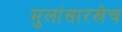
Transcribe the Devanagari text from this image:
मुलांसारखेच